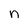
Character: n